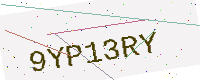
Text: 9YP13RY